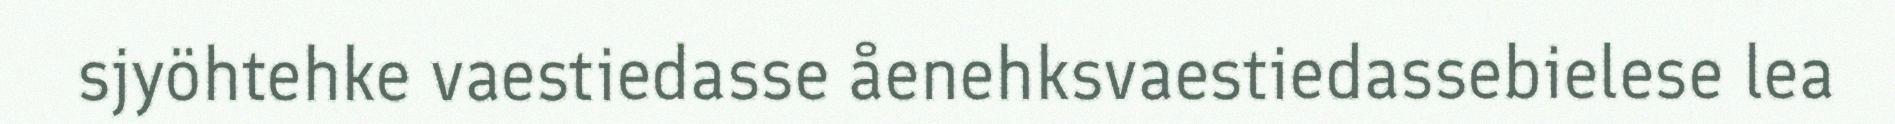
sjyöhtehke vaestiedasse åenehksvaestiedassebielese lea